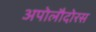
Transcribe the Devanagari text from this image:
अपोलौदोरस